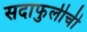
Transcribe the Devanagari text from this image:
सदाफुलीची